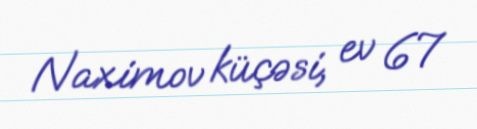
Naximov küçəsi, ev 67